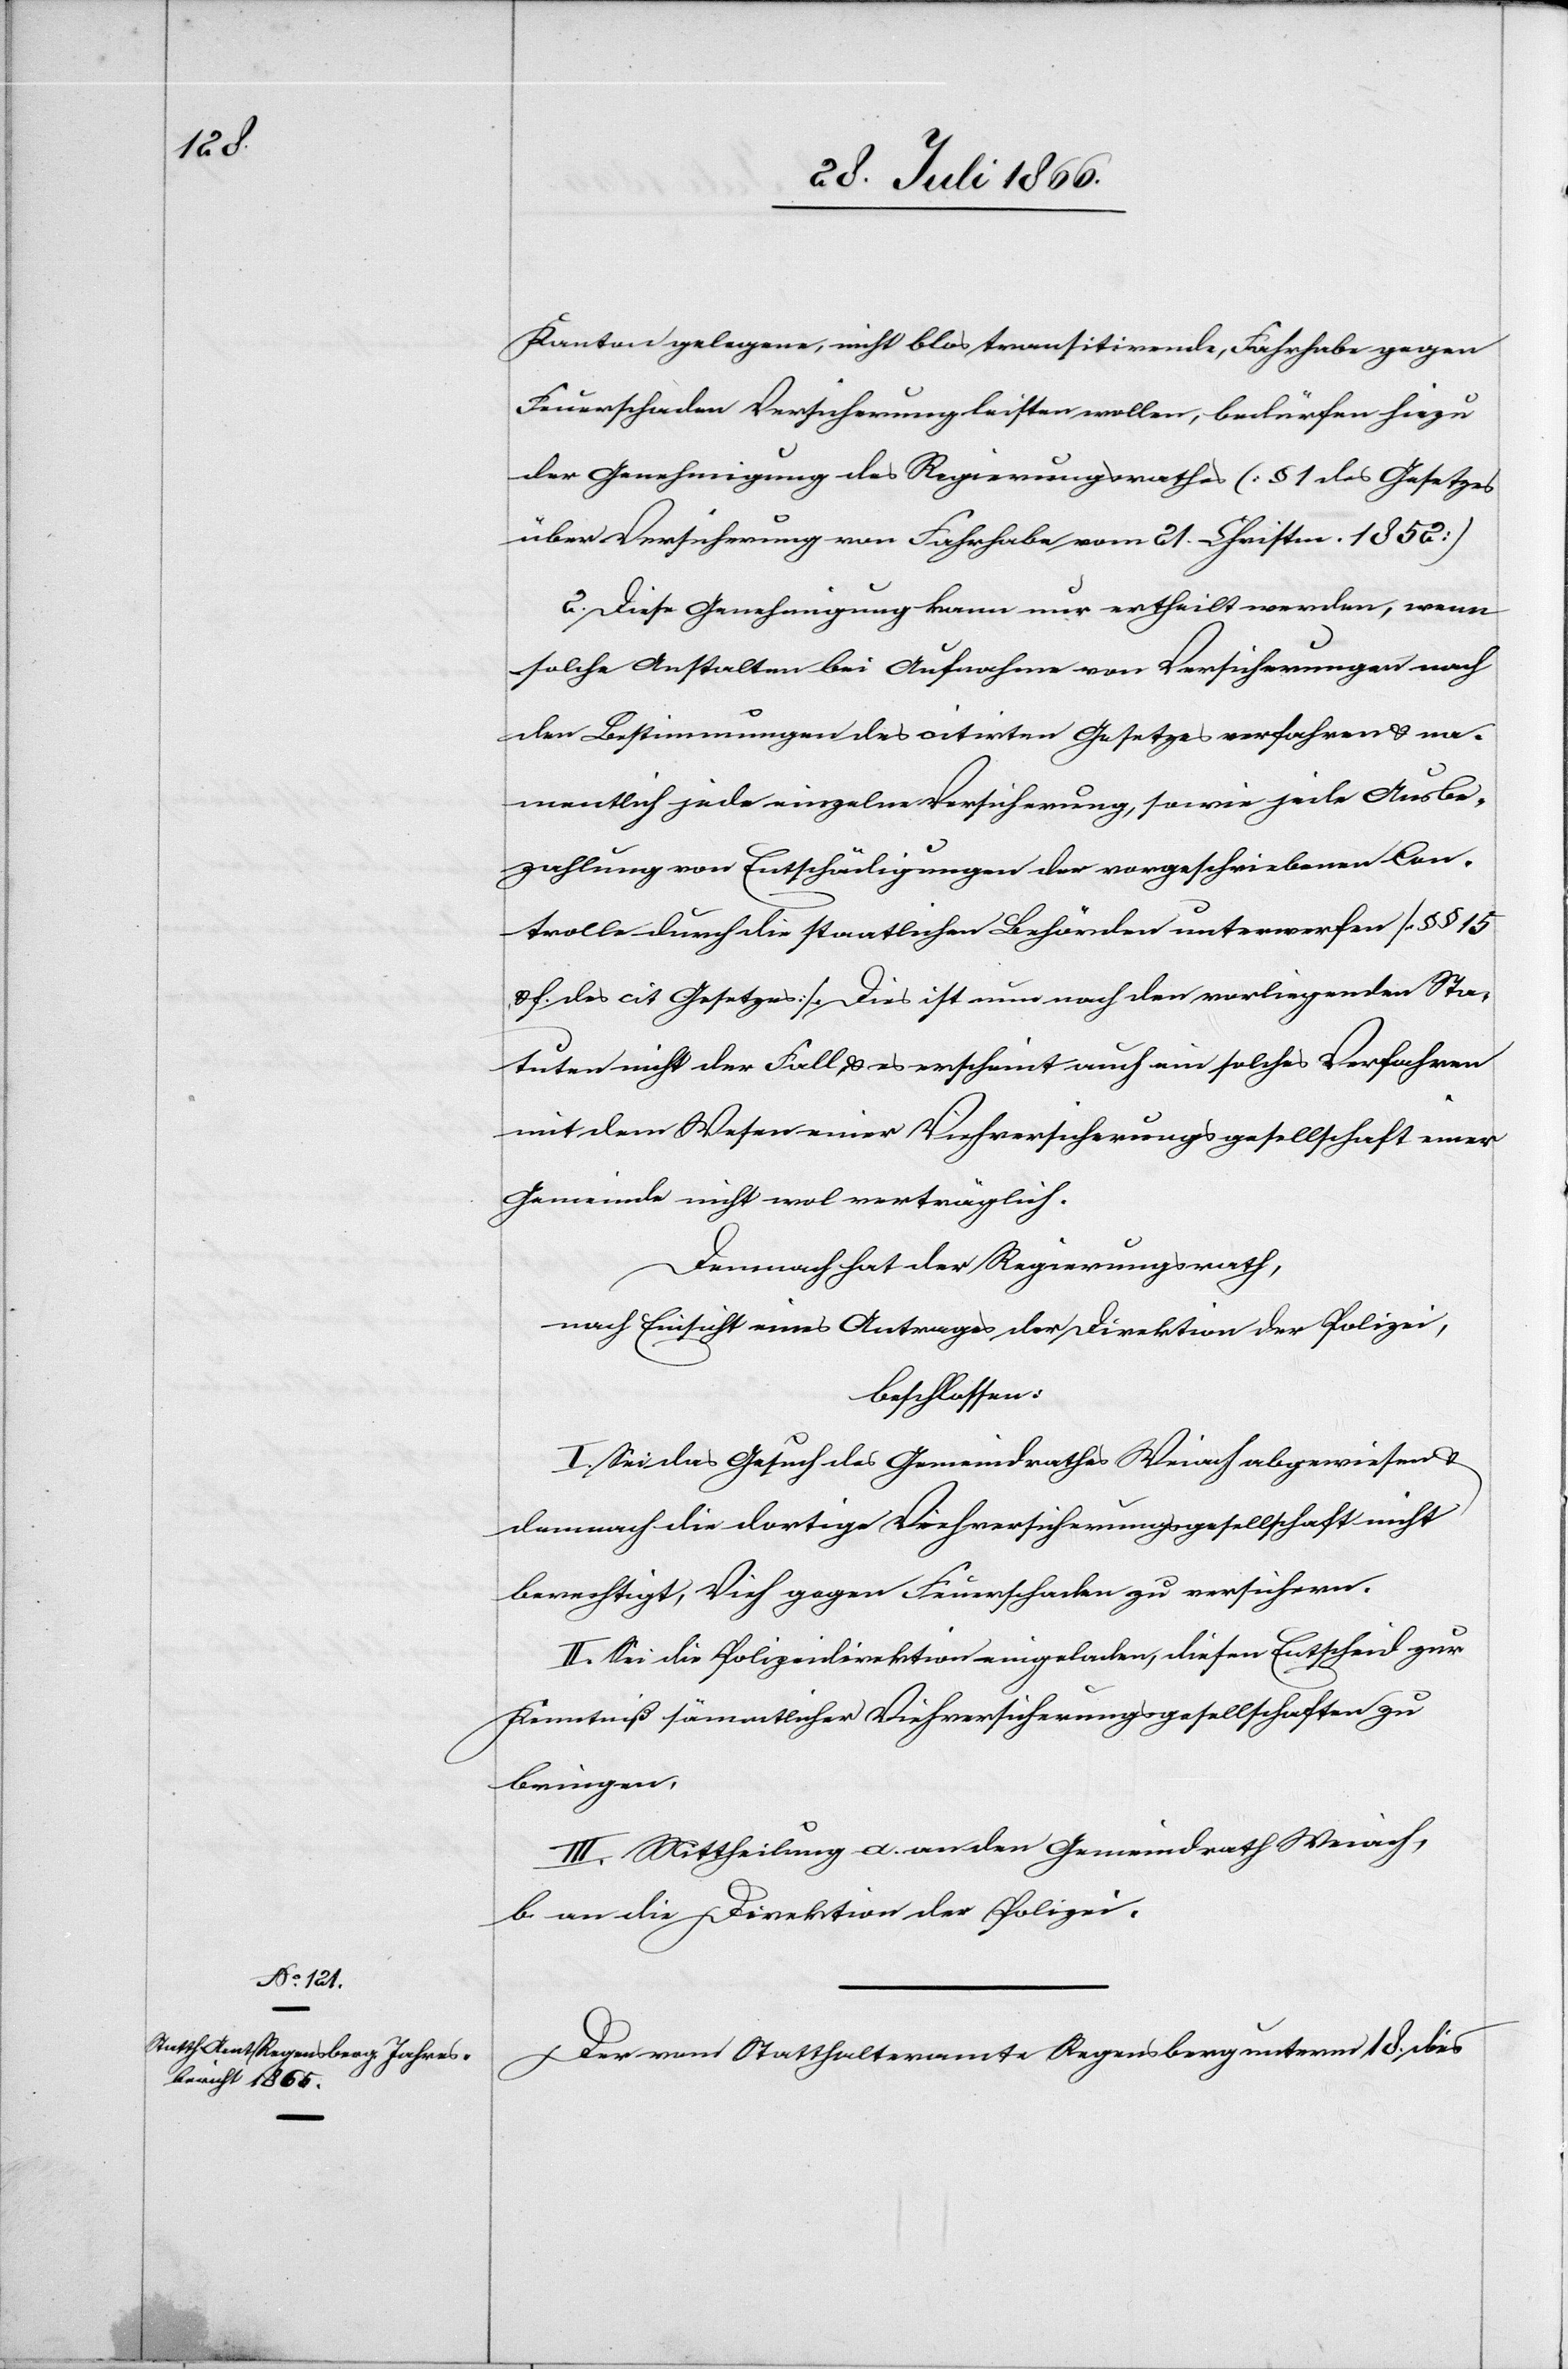
Kanton gelegene, nicht blos transitirende, Fahrhabe gegen
Feuerschaden Versicherung leisten wollen, bedürfen hiezu
der Genehmigung des Regierungsrathes [§ 1 des Gesetzes
über Versicherung von Fahrhabe vom 21. Christm. 1852]
2. Diese Genehmigung kann nur ertheilt werden, wenn
solche Anstalten bei Aufnahme von Versicherungen nach
den Bestimmungen des citirten Gesetzes verfahren u. na¬
mentlich jede einzelne Versicherung, sowie jede Ausbe¬
zahlung von Entschädigungen der vorgeschriebenen Con¬
trolle durch die staatlichen Behörden unterwerfen [§ § 15
u. f. des cit. Gesetzes]. Dies ist nun nach den vorliegenden Sta¬
tuten nicht der Fall u. es erscheint auch ein solches Verfahren
mit dem Wesen einer Viehversicherungsgesellschaft einer
Gemeinde nicht mal verträglich.
Demnach hat der Regierungsrath,
nach Einsicht eines Antrages der Direktion der Polizei,
beschlossen:
I. Sei das Gesuch des Gemeindrathes Weiach abgewiesen u.
demnach die dortige Viehversicherungsgesellschaft nicht
berechtigt, Vieh gegen Feuerschaden zu versichern.
II. Sei die Polizeidirektion eingeladen, diesen Entscheid zur
Kenntniß sämmtlicher Viehversicherungsgesellschaften zu
bringen.
III. Mittheilung a. an den Gemeindrath Weiach,
b. an die Direktion der Polizei.
Der vom Statthalteramt Regensberg unterm 18. dies